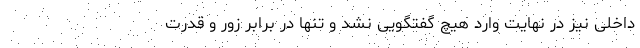
داخلی نیز در نهایت وارد هیچ گفتگویی نشد و تنها در برابر زور و قدرت